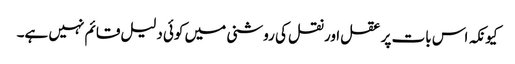
کیونکہ اس بات پر عقل اور نقل کی روشنی میں کوئی دلیل قائم نہیں ہے۔